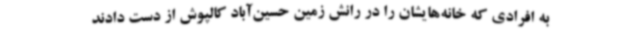
به افرادی که خانه‌هایشان را در رانش زمین حسین‌آباد کالپوش از دست دادند